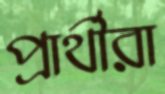
প্রার্থীরা